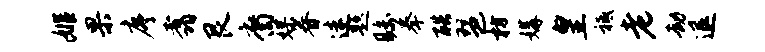
姬果序翥艮裔媒眷迷题瞩拳酷琶枋媾皇祗老劫退